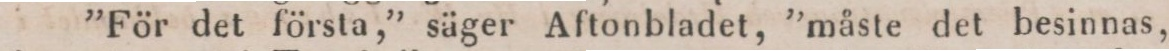
”För det första,” säger Aftonbladet, ”måste det besinnas,